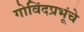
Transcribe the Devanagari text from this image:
गोविंदप्रभूंचे